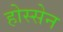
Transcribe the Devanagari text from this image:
होस्सेन